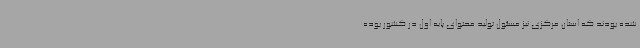
شده بودند که استان مرکزی نیز مسئول تولید محتوای پایه اول در کشور بوده